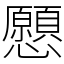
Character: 𢥧